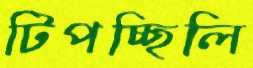
টিপচ্ছিলি